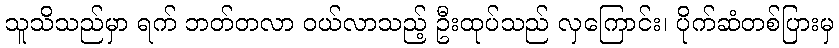
သူသိသည်မှာ ရက် ဘတ်တလာ ဝယ်လာသည့် ဦးထုပ်သည် လှကြောင်း၊ ပိုက်ဆံတစ်ပြားမှ